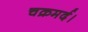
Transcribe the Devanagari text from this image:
चक्रमर्द।